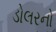
ડોલરનો